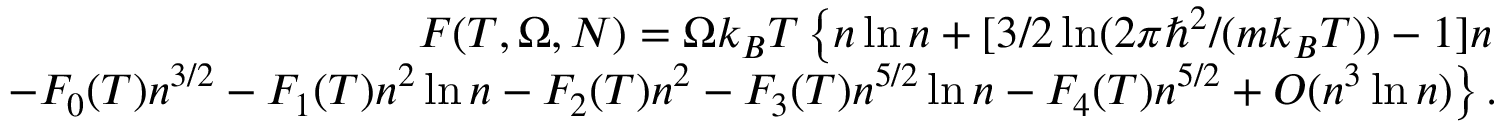
\begin{array} { r l r } & { } & { F ( T , \Omega , N ) = \Omega k _ { B } T \left\{ n \ln n + [ 3 / 2 \ln ( 2 \pi \hbar ^ { 2 } / ( m k _ { B } T ) ) - 1 ] n \right. } \\ & { } & { \left. - F _ { 0 } ( T ) n ^ { 3 / 2 } - F _ { 1 } ( T ) n ^ { 2 } \ln n - F _ { 2 } ( T ) n ^ { 2 } - F _ { 3 } ( T ) n ^ { 5 / 2 } \ln n - F _ { 4 } ( T ) n ^ { 5 / 2 } + { \cal O } ( n ^ { 3 } \ln n ) \right\} . } \end{array}